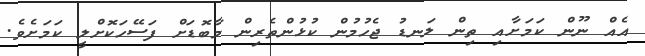
އެއް ނޫން ކަމަށާއި ތިން ލަނޑު ޖެހުމުން ކުޅުންތެރިން މާބޮޑަށް ފަސޭހަކޮށްލީ ކަމަށެވެ.